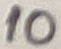
Text: 10